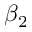
\beta _ { 2 }